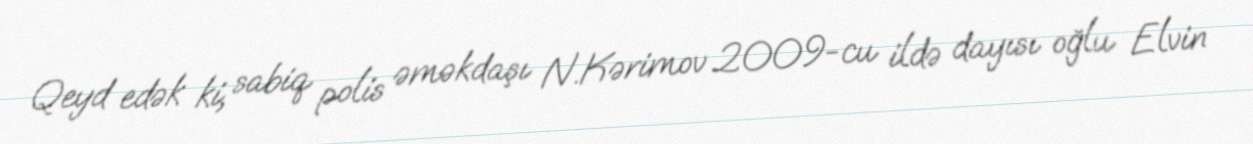
Qeyd edək ki, sabiq polis əməkdaşı N.Kərimov 2009-cu ildə dayısı oğlu Elvin